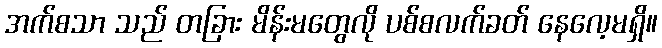
အက်စသာ သည် တခြား မိန်းမတွေလို ပစ်စလက်ခတ် နေလေ့မရှိ။